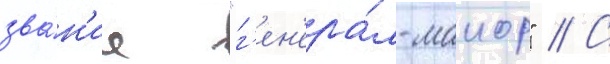
зва́н'ие "г'ен'ера́л-маиор" // С